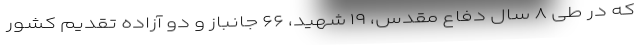
که در طی ۸ سال دفاع مقدس، ۱۹ شهید، ۶۶ جانباز و دو آزاده تقدیم کشور